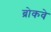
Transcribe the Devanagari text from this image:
ब्रोकवे